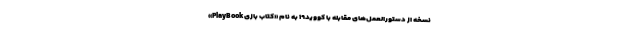
نسخه از دستورالعمل‌های مقابله با کووید۱۹ به نام «کتاب بازی PlayBook»